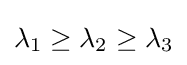
\lambda _{1}\geq \lambda _{2}\geq \lambda _{3}